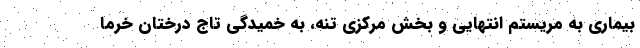
بیماری به مریستم انتهایی و بخش مرکزی تنه، به خمیدگی تاج درختان خرما